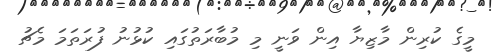
މީގެ ކުރިން މާޒިޔާ އިން ވަނީ މި މުބާރަތުގައި ކުޅުނު ފުރަތަމަ މެޗު